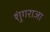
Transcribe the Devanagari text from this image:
शुंगराजा